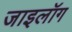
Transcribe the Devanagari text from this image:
जाइलॉग